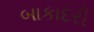
બાકાદરી